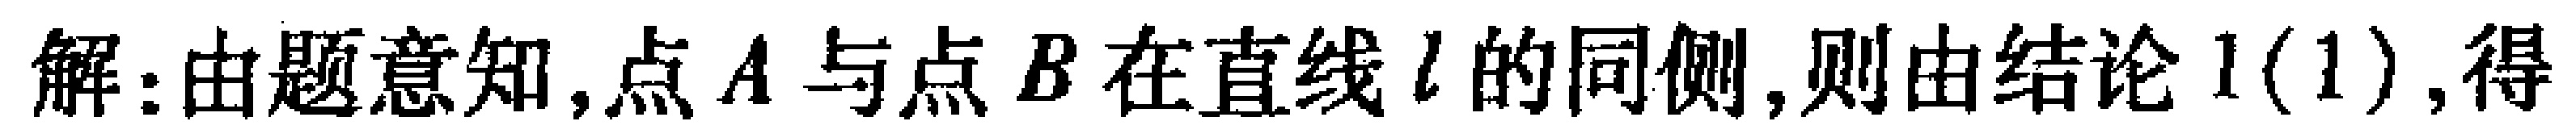
解：由题意知,点\(A\)与点\(B\)在直线\(l\)的同侧,则由结论\(1(1)\),得